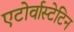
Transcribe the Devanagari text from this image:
एटोर्वास्टेटिन